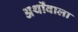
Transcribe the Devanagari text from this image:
अर्थोंवाला